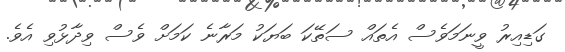
ގަޑިއިރު ވީނަމަވެސް އެތައް ސަތޭކަ ބަޔަކު މަރާނެ ކަމަށް ވެސް ވިދާޅުވި އެވެ.